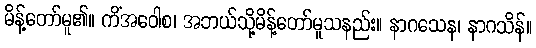
မိန့်တော်မူ၏။ ကိံအဝေါစ၊ အဘယ်သို့မိန့်တော်မူသနည်း။ နာဂသေန၊ နာဂသိန်။